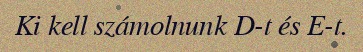
Ki kell számolnunk D-t és E-t.